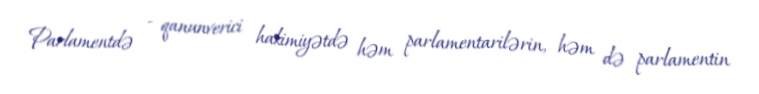
Parlamentdə - qanunverici hakimiyətdə həm parlamentarilərin, həm də parlamentin